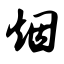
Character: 烟